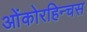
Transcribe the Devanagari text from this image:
ओंकोरहिन्चस